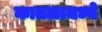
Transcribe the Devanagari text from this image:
कातळामध्ये